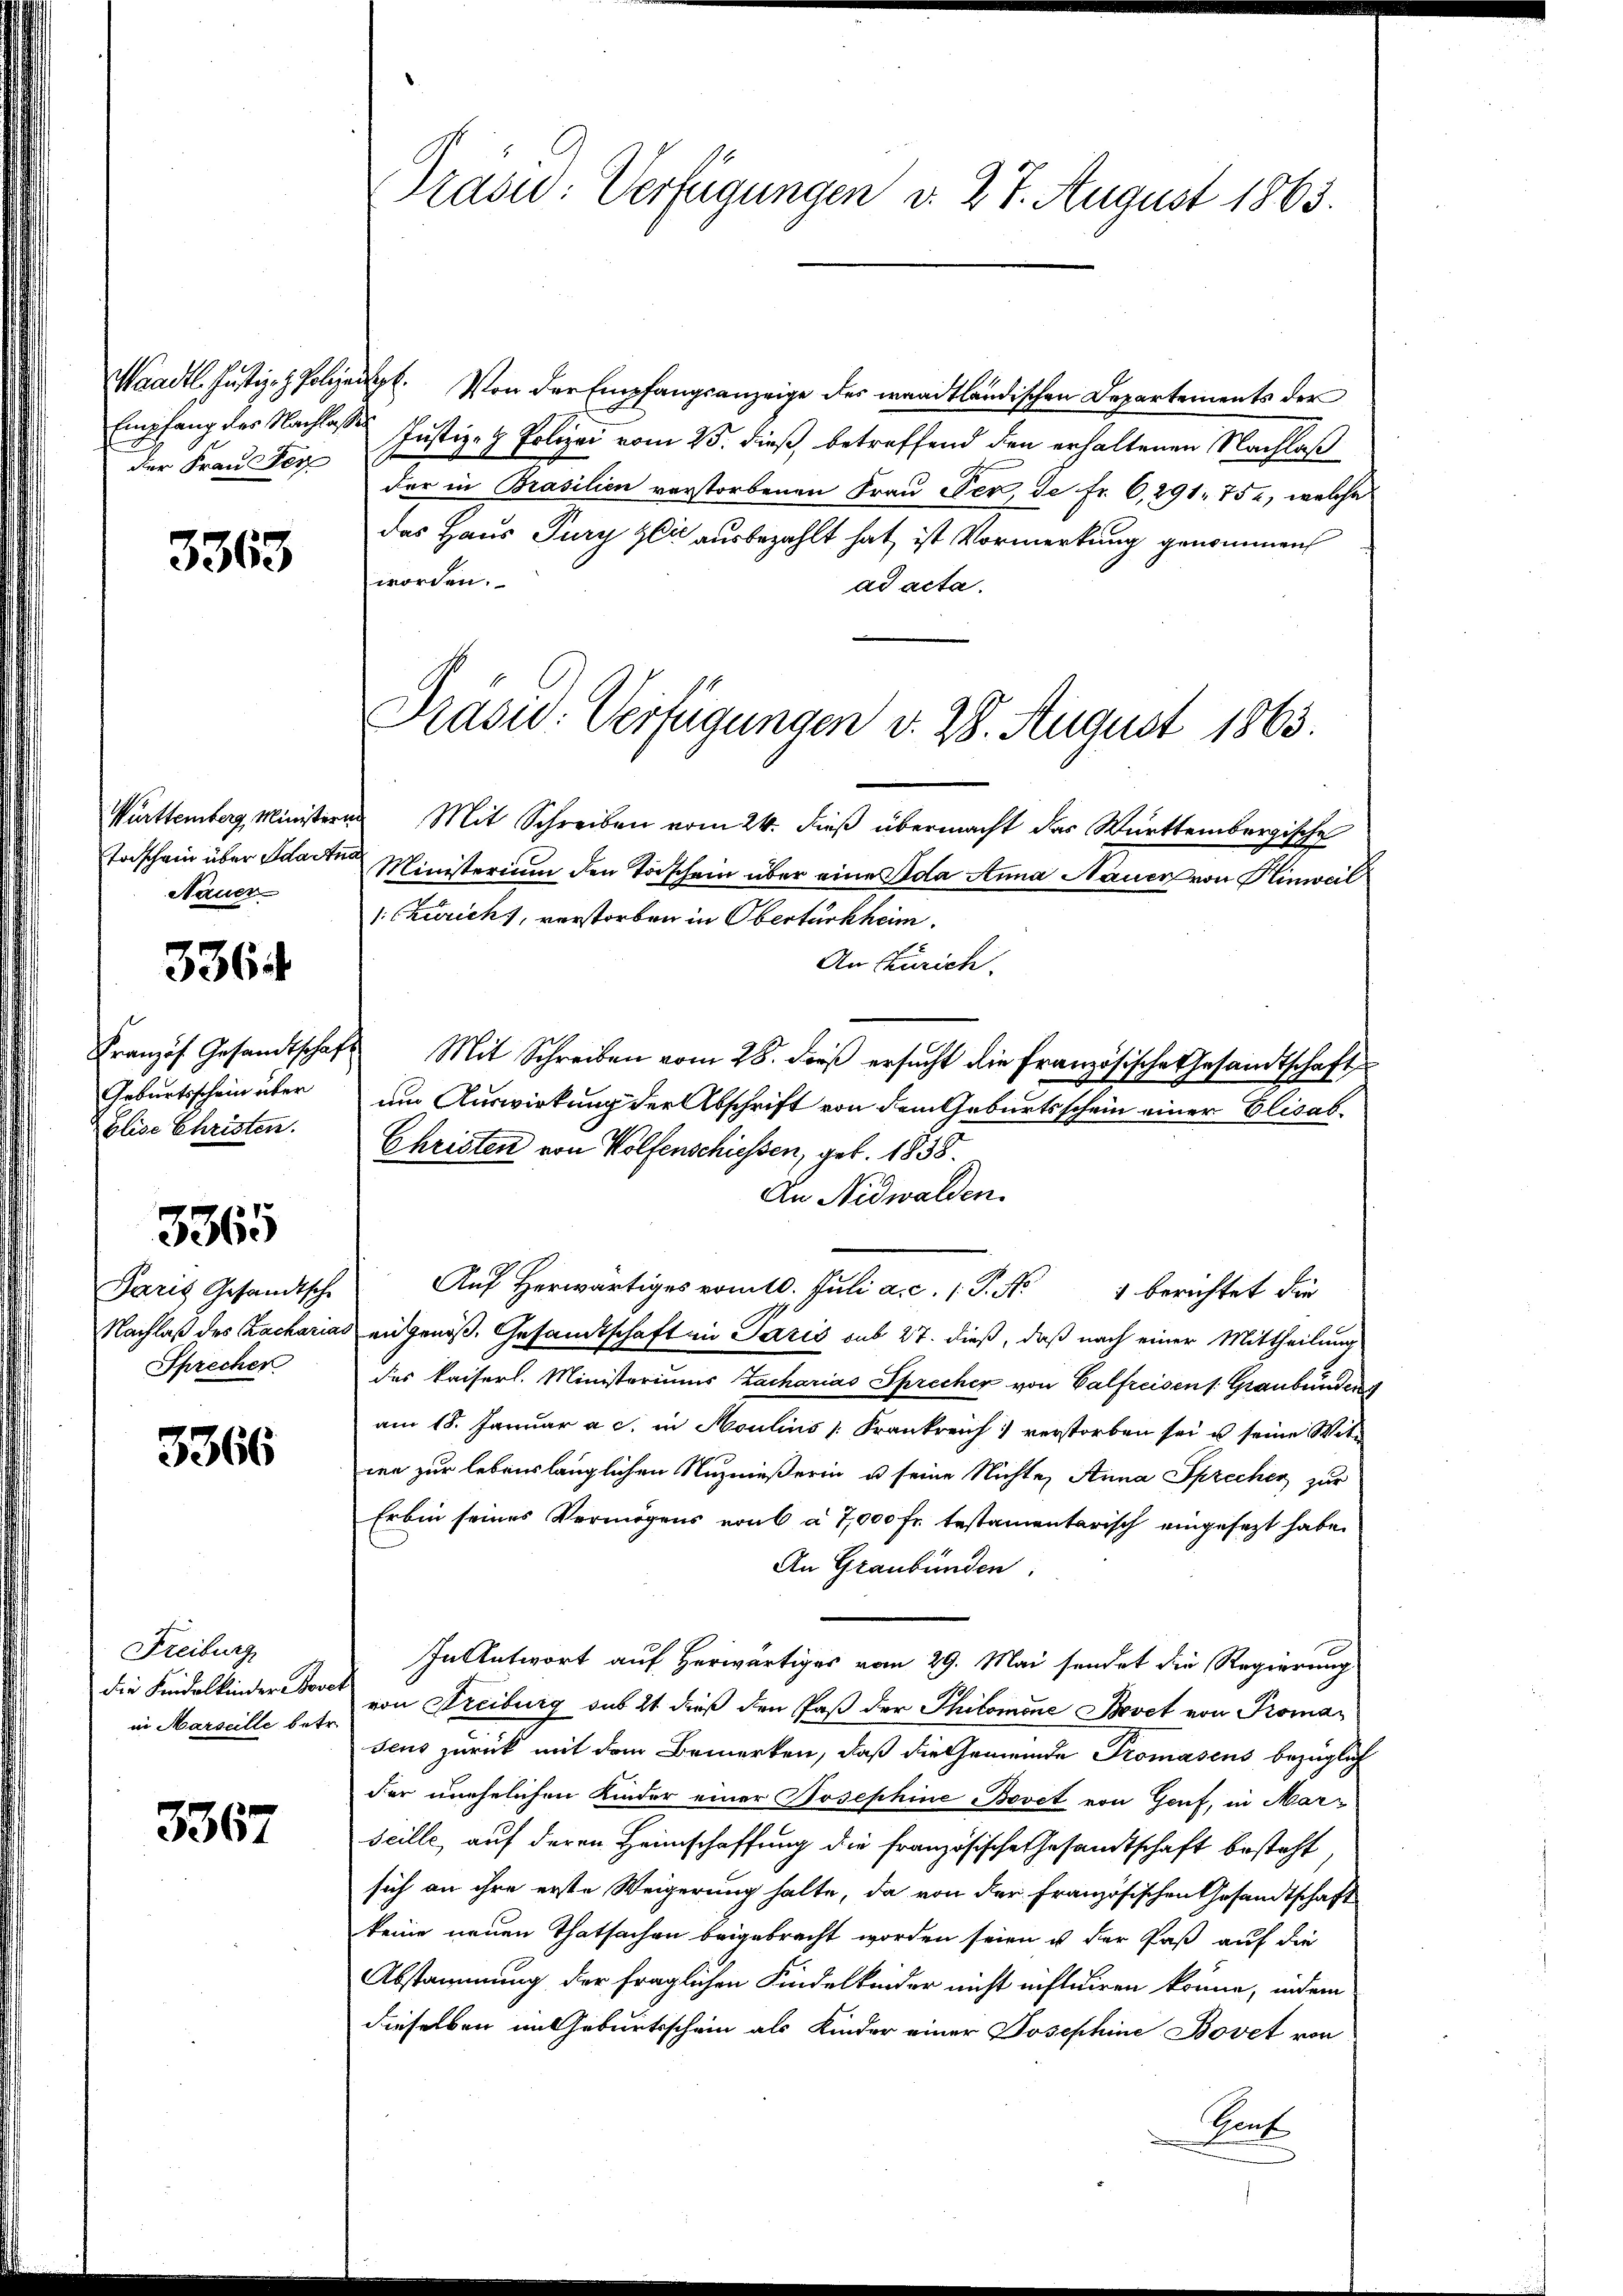
der Frau Ver

3363

Toischein über Ida Anne
Nauer

3364

Geburtsschein über
Elise Christen.

Paris Gesandtsche
Nachlaß des Racharia
Sprechen

3365

3366

Freiburg
die Kindelkinder Bove
in Marseille betr.

3367

Waadt Justiz- & Polizeil. Von der Empfangsanzeige des waadtländischen Departements der
Empfang des Nachlasse Justiz- & Polizei vom 25. dieß, betreffend den erhaltenen Nachlaß
der in Brasilien verstorbenen Frau Der, de Fr. 6,291. 752, welche
das Haus Jury Zeit ausbezahlt hat, ist Vormerkung genommen
worden.
ad acta.
Württemberg, Ministern Mit Schreiben vom 24. dieß übermacht das Württembergische
Ministerium den Taschein über eine Sola Anna Nauer von Hinweil
1: Zürich), verstorben in Oberturkheim.
An Zürich.
Französ. Gesandtschaft Mit Schreiben vom 28. dieβ ersŭcht die französische Gesandtschaft
um Auswirkung der Abschrift von dem Geburtsschein einer Elisab¬
Christen von Wolfenschiessen, geb. 1858.
An Nidwalden.
Auf herwärtiges vom 10. Juli a. c. 1 P. Nr. 1 berichtet die
es angenoß. Gesandtschaft in Paris sub 27. dieß, daß nach einer Mittheilung
des kaiserl. Ministeriums Zacharias Sprecher von Calfreisen /: Graubünden
am 18. Januar a. c. in Moulins Frankreich verstorben sei u seine Witren zur lebenslänglichen Nuznießerin u seine Nichte Anna Sprecher zur
Erbin seines Vermögens von 6 à 7,000 fr. testamentarisch eingesezt habe.
An Graubünden,
In Antwort auf herwärtiges vom 29. Mai sendet die Regierung
von Freiburg sub 21 dieß den Paß der Philomone Bovet von Promaseus zurück mit dem Bemerken, daß die Gemeinde Promasens bezüglich
der unehelichen Kinder einer Josephine Bovet von Genf, in Marseille, auf deren Heimschaffung die französische Gesandtschaft besteht
sich an ihre erste Weigerung halte, da von der Französischen Gesandtschaft
keine neuen Thatsachen beigebracht worden seien u der Paß auf die
Abstammung der fraglichen Kindelkinder nicht niftuiren könne, indem
dieselben im Geburtsschein als Kinder einer Josephine Bovet von
Sanf

Präsid. Verfügungen v. 27. August 1863.

Prasw: Verfügungen d. 28. August 1863.